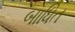
બાધિત